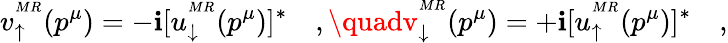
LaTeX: v_{\uparrow}^{^{MR}}(p^{\mu})=-\mathbf{i}[u_{\downarrow}^{^{MR}}(p^{\mu})]^{\ast}\quad,\quadv_{\downarrow}^{^{MR}}(p^{\mu})=+\mathbf{i}[u_{\uparrow}^{^{MR}}(p^{\mu})]^{\ast}\quad,